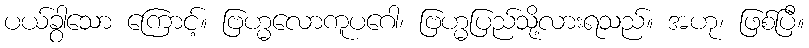
ပယ်ခွာသော ကြောင့်။ ဗြဟ္မလောကူပဂေါ၊ ဗြဟ္မပြည်သို့လားရသည်။ အဟု၊ ဖြစ်ပြီ။